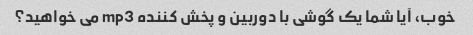
خوب، آیا شما یک گوشی با دوربین و پخش کننده mp3 می خواهید؟